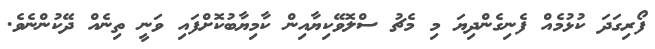
ފޯރިގަދަ ކުޅުމެއް ފެނިގެންދިޔަ މި މެޗު ސްލޮވޭކިޔާއިން ކާމިޔާބުކޮށްފައި ވަނީ ތިނެއް ދޭކުންނެވެ.